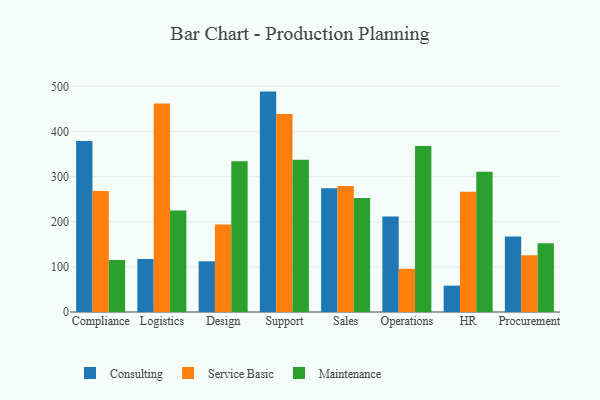
{"axis": {"x": "Department", "y": "Satisfaction Score"}, "legend": ["Consulting", "Maintenance", "Service Basic"], "data": [{"x": "Compliance", "y": 378.9, "type": "Consulting"}, {"x": "Compliance", "y": 267.9, "type": "Service Basic"}, {"x": "Compliance", "y": 115.0, "type": "Maintenance"}, {"x": "Logistics", "y": 117.2, "type": "Consulting"}, {"x": "Logistics", "y": 461.7, "type": "Service Basic"}, {"x": "Logistics", "y": 224.8, "type": "Maintenance"}, {"x": "Design", "y": 112.3, "type": "Consulting"}, {"x": "Design", "y": 194.1, "type": "Service Basic"}, {"x": "Design", "y": 333.9, "type": "Maintenance"}, {"x": "Support", "y": 488.3, "type": "Consulting"}, {"x": "Support", "y": 438.7, "type": "Service Basic"}, {"x": "Support", "y": 337.2, "type": "Maintenance"}, {"x": "Sales", "y": 273.9, "type": "Consulting"}, {"x": "Sales", "y": 279.2, "type": "Service Basic"}, {"x": "Sales", "y": 252.3, "type": "Maintenance"}, {"x": "Operations", "y": 211.6, "type": "Consulting"}, {"x": "Operations", "y": 95.8, "type": "Service Basic"}, {"x": "Operations", "y": 367.6, "type": "Maintenance"}, {"x": "HR", "y": 58.4, "type": "Consulting"}, {"x": "HR", "y": 266.3, "type": "Service Basic"}, {"x": "HR", "y": 310.8, "type": "Maintenance"}, {"x": "Procurement", "y": 167.3, "type": "Consulting"}, {"x": "Procurement", "y": 125.6, "type": "Service Basic"}, {"x": "Procurement", "y": 152.3, "type": "Maintenance"}]}